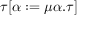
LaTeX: \tau [ \alpha : = \mu \alpha . \tau ]